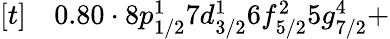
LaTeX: \begin{array}{rl}{[t]}&{{}0.80\cdot 8p_{1/2}^{1}7d_{3/2}^{1}6f_{5/2}^{2}5g_{7/2}^{4}+}\end{array}